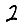
Digit: 2